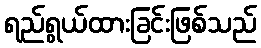
ရည်ရွယ်ထားခြင်းဖြစ်သည်